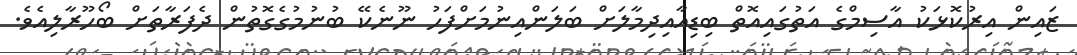
ޒައިން އިރުކޮޅަކު އާސިމްގެ އަތުގައިއޮތް ބިޑިއާއިދިމާލަށް ބަލަންއިނުމަށްފަހު ނޫނެކޭ ބުނުމުގެގޮތުން ދެފަރާތަށް ބޯހޫރާލިއެވެ.